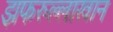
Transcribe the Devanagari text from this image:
झफरुल्लाखान